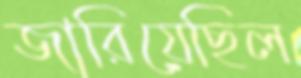
জারিয়েছিল